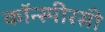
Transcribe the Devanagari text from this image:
कॉन्स्पीरसी